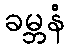
ခမ္ဘနံ